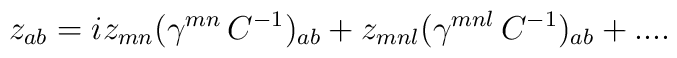
z_{ab}=iz_{mn}(\gamma^{mn}\,C^{-1})_{ab}+z_{mnl}(\gamma^{mnl}\,C^{-1})_{ab}+....